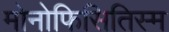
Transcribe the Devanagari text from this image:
मोनोफिसितिस्म